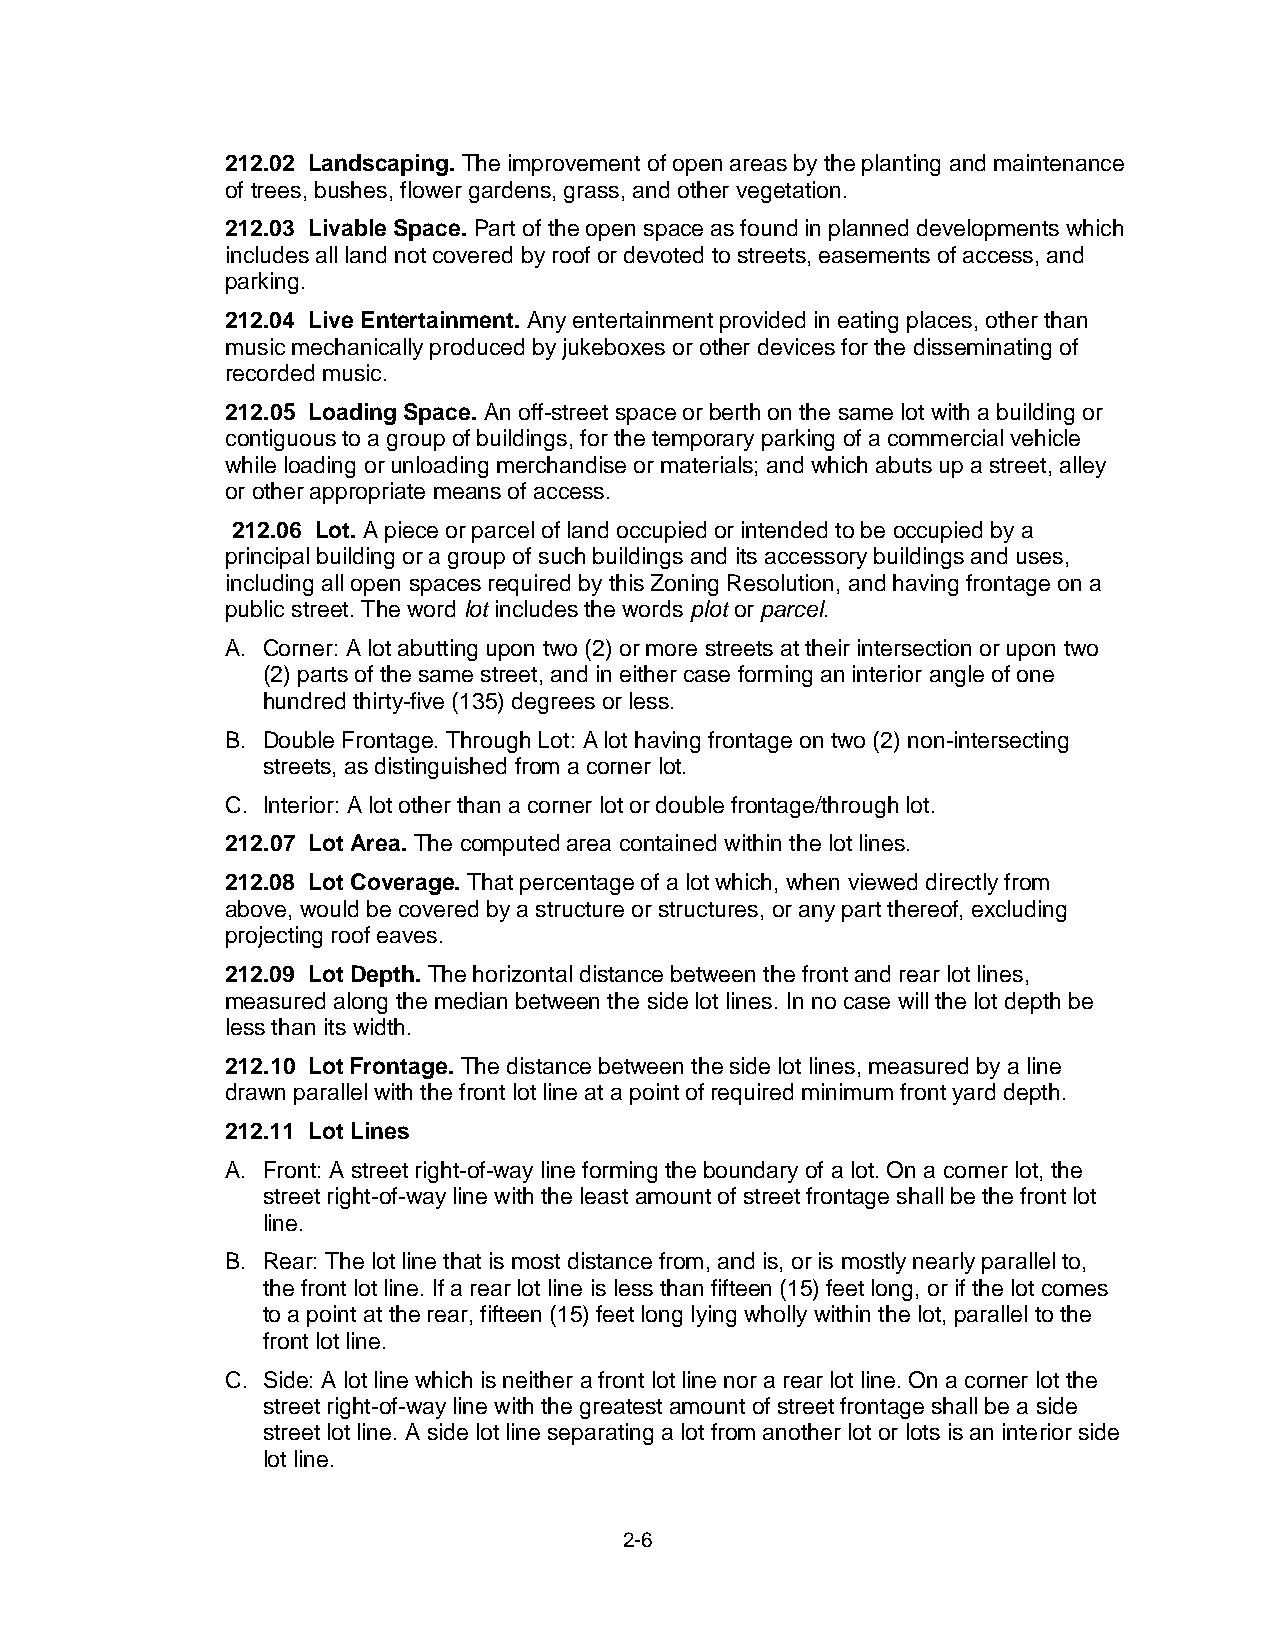
212.02 Landscaping. The improvement of open areas by the planting and maintenance
 of trees, bushes, flower gardens, grass, and other vegetation.
 212.03 Livable Space. Part of the open space as found in planned developments which
 includes all land not covered by roof or devoted to streets, easements of access, and
 parking.
 212.04 Live Entertainment. Any entertainment provided in eating places, other than
 music mechanically produced by jukeboxes or other devices for the disseminating of
 recorded music.
 212.05 Loading Space. An off-street space or berth on the same lot with a building or
 contiguous to a group of buildings, for the temporary parking of a commercial vehicle
 while loading or unloading merchandise or materials; and which abuts up a street, alley
 or other appropriate means of access.
 212.06 Lot. A piece or parcel of land occupied or intended to be occupied by a
 principal building or a group of such buildings and its accessory buildings and uses,
 including all open spaces required by this Zoning Resolution, and having frontage on a
 public street. The word lot includes the words plot or parcel.
 A. Corner: A lot abutting upon two (2) or more streets at their intersection or upon two
 (2) parts of the same street, and in either case forming an interior angle of one
 hundred thirty-five (135) degrees or less.
 B. Double Frontage. Through Lot: A lot having frontage on two (2) non-intersecting
 streets, as distinguished from a corner lot.
 C. Interior: A lot other than a corner lot or double frontage/through lot.
 212.07 Lot Area. The computed area contained within the lot lines.
 212.08 Lot Coverage. That percentage of a lot which, when viewed directly from
 above, would be covered by a structure or structures, or any part thereof, excluding
 projecting roof eaves.
 212.09 Lot Depth. The horizontal distance between the front and rear lot lines,
 measured along the median between the side lot lines. In no case will the lot depth be
 less than its width.
 212.10 Lot Frontage. The distance between the side lot lines, measured by a line
 drawn parallel with the front lot line at a point of required minimum front yard depth.
 212.11 Lot Lines
 A. Front: A street right-of-way line forming the boundary of a lot. On a corner lot, the
 street right-of-way line with the least amount of street frontage shall be the front lot
 line.
 B. Rear: The lot line that is most distance from, and is, or is mostly nearly parallel to,
 the front lot line. If a rear lot line is less than fifteen (15) feet long, or if the lot comes
 to a point at the rear, fifteen (15) feet long lying wholly within the lot, parallel to the
 front lot line.
 C. Side: A lot line which is neither a front lot line nor a rear lot line. On a corner lot the
 street right-of-way line with the greatest amount of street frontage shall be a side
 street lot line. A side lot line separating a lot from another lot or lots is an interior side
 lot line.
 2-6